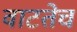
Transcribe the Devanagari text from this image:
वाटतेच